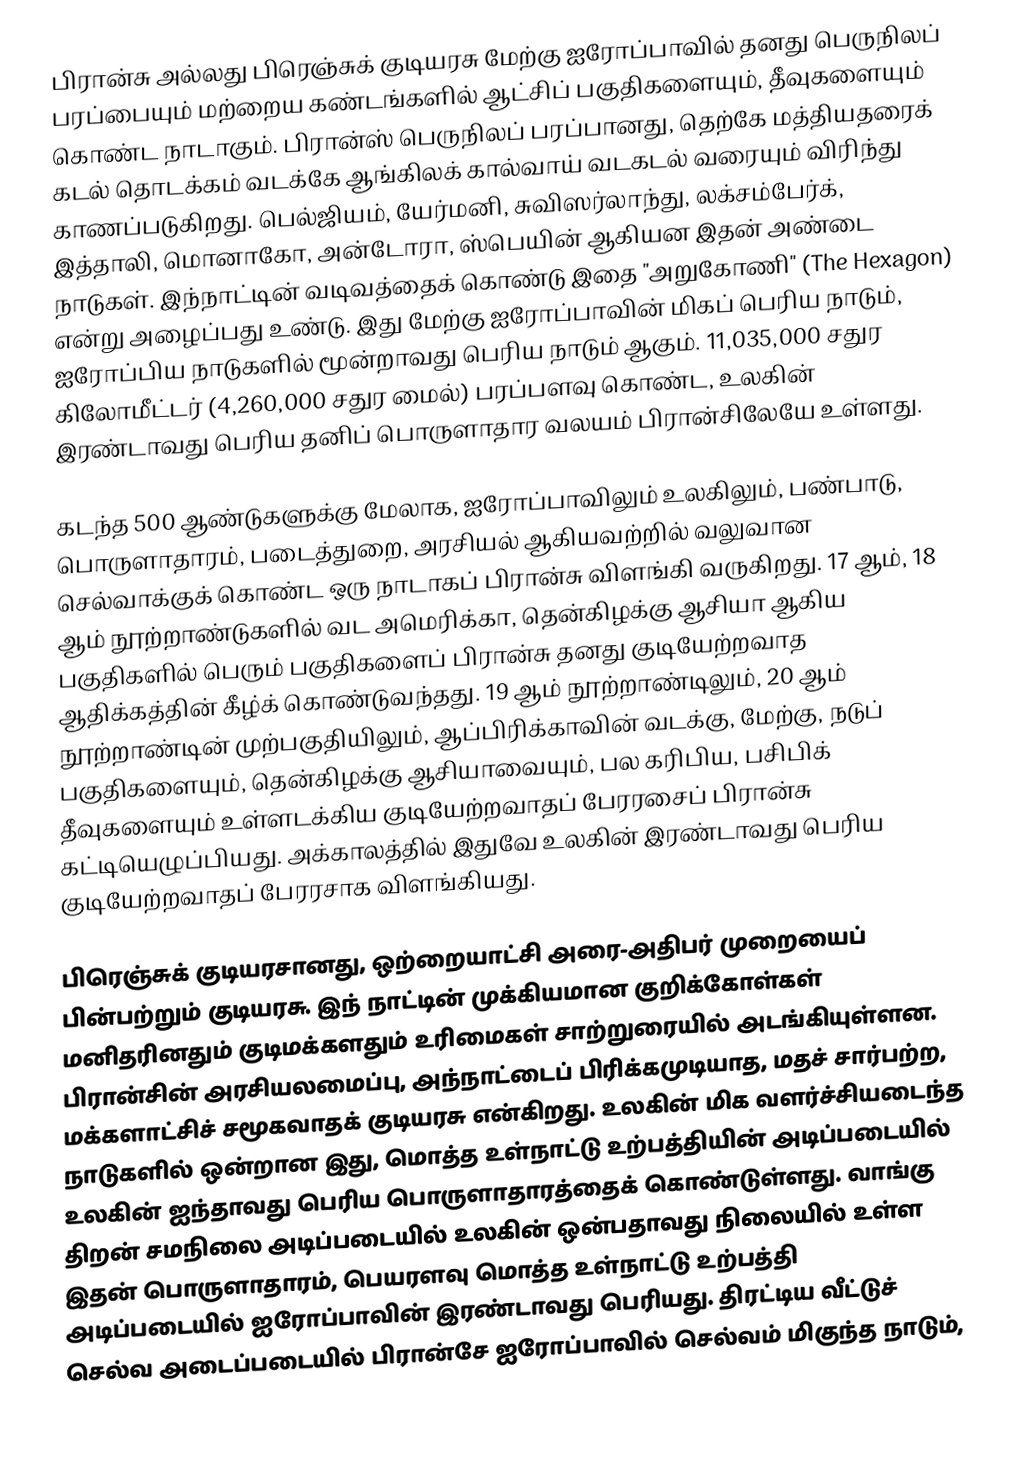
பிரான்சு அல்லது பிரெஞ்சுக் குடியரசு மேற்கு ஐரோப்பாவில் தனது பெருநிலப் பரப்பையும் மற்றைய கண்டங்களில் ஆட்சிப் பகுதிகளையும், தீவுகளையும் கொண்ட நாடாகும். பிரான்ஸ் பெருநிலப் பரப்பானது, தெற்கே மத்தியதரைக் கடல் தொடக்கம் வடக்கே ஆங்கிலக் கால்வாய் வடகடல் வரையும் விரிந்து காணப்படுகிறது. பெல்ஜியம், யேர்மனி, சுவிஸர்லாந்து, லக்சம்பேர்க், இத்தாலி, மொனாகோ, அன்டோரா, ஸ்பெயின் ஆகியன இதன் அண்டை நாடுகள். இந்நாட்டின் வடிவத்தைக் கொண்டு இதை "அறுகோணி" (The Hexagon) என்று அழைப்பது உண்டு. இது மேற்கு ஐரோப்பாவின் மிகப் பெரிய நாடும், ஐரோப்பிய நாடுகளில் மூன்றாவது பெரிய நாடும் ஆகும். 11,035,000 சதுர கிலோமீட்டர் (4,260,000 சதுர மைல்) பரப்பளவு கொண்ட, உலகின் இரண்டாவது பெரிய தனிப் பொருளாதார வலயம் பிரான்சிலேயே உள்ளது.

கடந்த 500 ஆண்டுகளுக்கு மேலாக, ஐரோப்பாவிலும் உலகிலும், பண்பாடு, பொருளாதாரம், படைத்துறை, அரசியல் ஆகியவற்றில் வலுவான செல்வாக்குக் கொண்ட ஒரு நாடாகப் பிரான்சு விளங்கி வருகிறது. 17 ஆம், 18 ஆம் நூற்றாண்டுகளில் வட அமெரிக்கா, தென்கிழக்கு ஆசியா ஆகிய பகுதிகளில் பெரும் பகுதிகளைப் பிரான்சு தனது குடியேற்றவாத ஆதிக்கத்தின் கீழ்க் கொண்டுவந்தது. 19 ஆம் நூற்றாண்டிலும், 20 ஆம் நூற்றாண்டின் முற்பகுதியிலும், ஆப்பிரிக்காவின் வடக்கு, மேற்கு, நடுப் பகுதிகளையும், தென்கிழக்கு ஆசியாவையும், பல கரிபிய, பசிபிக் தீவுகளையும் உள்ளடக்கிய குடியேற்றவாதப் பேரரசைப் பிரான்சு கட்டியெழுப்பியது. அக்காலத்தில் இதுவே உலகின் இரண்டாவது பெரிய குடியேற்றவாதப் பேரரசாக விளங்கியது.

பிரெஞ்சுக் குடியரசானது, ஒற்றையாட்சி அரை-அதிபர் முறையைப் பின்பற்றும் குடியரசு. இந் நாட்டின் முக்கியமான குறிக்கோள்கள் மனிதரினதும் குடிமக்களதும் உரிமைகள் சாற்றுரையில் அடங்கியுள்ளன. பிரான்சின் அரசியலமைப்பு, அந்நாட்டைப் பிரிக்கமுடியாத, மதச் சார்பற்ற, மக்களாட்சிச் சமூகவாதக் குடியரசு என்கிறது. உலகின் மிக வளர்ச்சியடைந்த நாடுகளில் ஒன்றான இது, மொத்த உள்நாட்டு உற்பத்தியின் அடிப்படையில் உலகின் ஐந்தாவது பெரிய பொருளாதாரத்தைக் கொண்டுள்ளது. வாங்கு திறன் சமநிலை அடிப்படையில் உலகின் ஒன்பதாவது நிலையில் உள்ள இதன் பொருளாதாரம், பெயரளவு மொத்த உள்நாட்டு உற்பத்தி அடிப்படையில் ஐரோப்பாவின் இரண்டாவது பெரியது. திரட்டிய வீட்டுச் செல்வ அடைப்படையில் பிரான்சே ஐரோப்பாவில் செல்வம் மிகுந்த நாடும்,